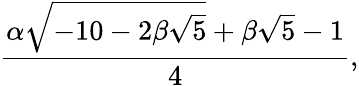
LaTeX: {\frac{\alpha{\sqrt{-10-2\beta{\sqrt{5}}}}+\beta{\sqrt{5}}-1}{4}},